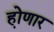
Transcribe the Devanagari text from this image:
हो़णार